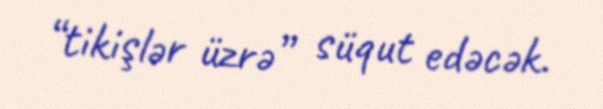
“tikişlər üzrə” süqut edəcək.